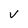
Character: v